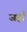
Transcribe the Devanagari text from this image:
जहाँं